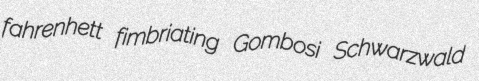
fahrenhett fimbriating Gombosi Schwarzwald